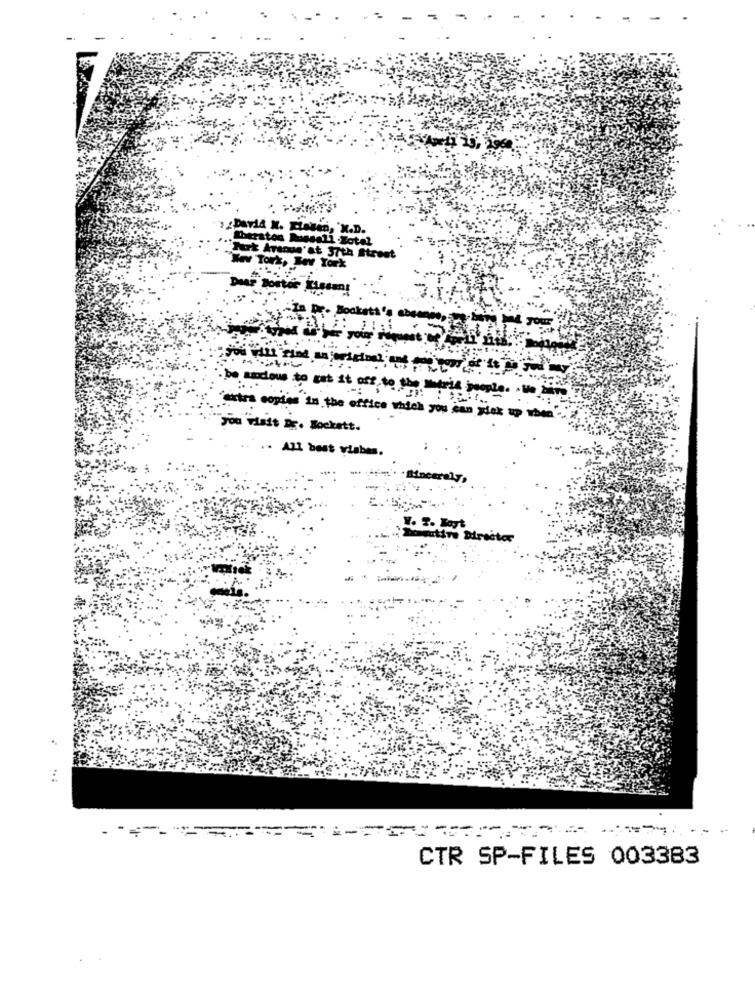
Daria X. Llosen, 'X.D.
Sheraton Russali .Sotel
Furt Arsnus at 37th Street
"Way Tork, Tev York
-In Dro Bocker
Jour
you will Find an joriginal of
be sideus to zat it off to the
people. . Ve
extra copies in the office which you can giek up when
you Visit Ds. Bockett.
.. All best wishes.
Y. T. Loyt
tive Director
S -==========
CTR SP-FILES 003383